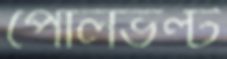
পোলভল্ট